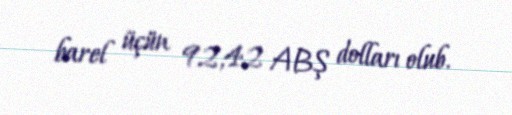
barel üçün 92,42 ABŞ dolları olub.